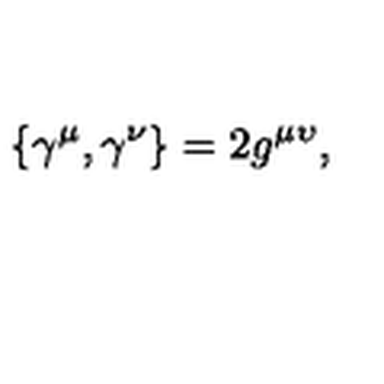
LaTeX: \{ \gamma ^ { \mu } , \gamma ^ { \nu } \} = 2 g ^ { \mu \upsilon } ,